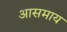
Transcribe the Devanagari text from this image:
आसमाय